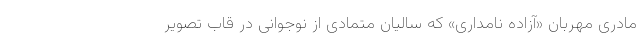
مادری مهربان «آزاده نامداری» که سالیان متمادی از نوجوانی در قاب تصویر